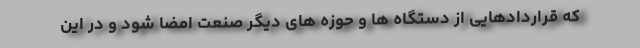
که قراردادهایی از دستگاه ها و حوزه های دیگر صنعت امضا شود و در این